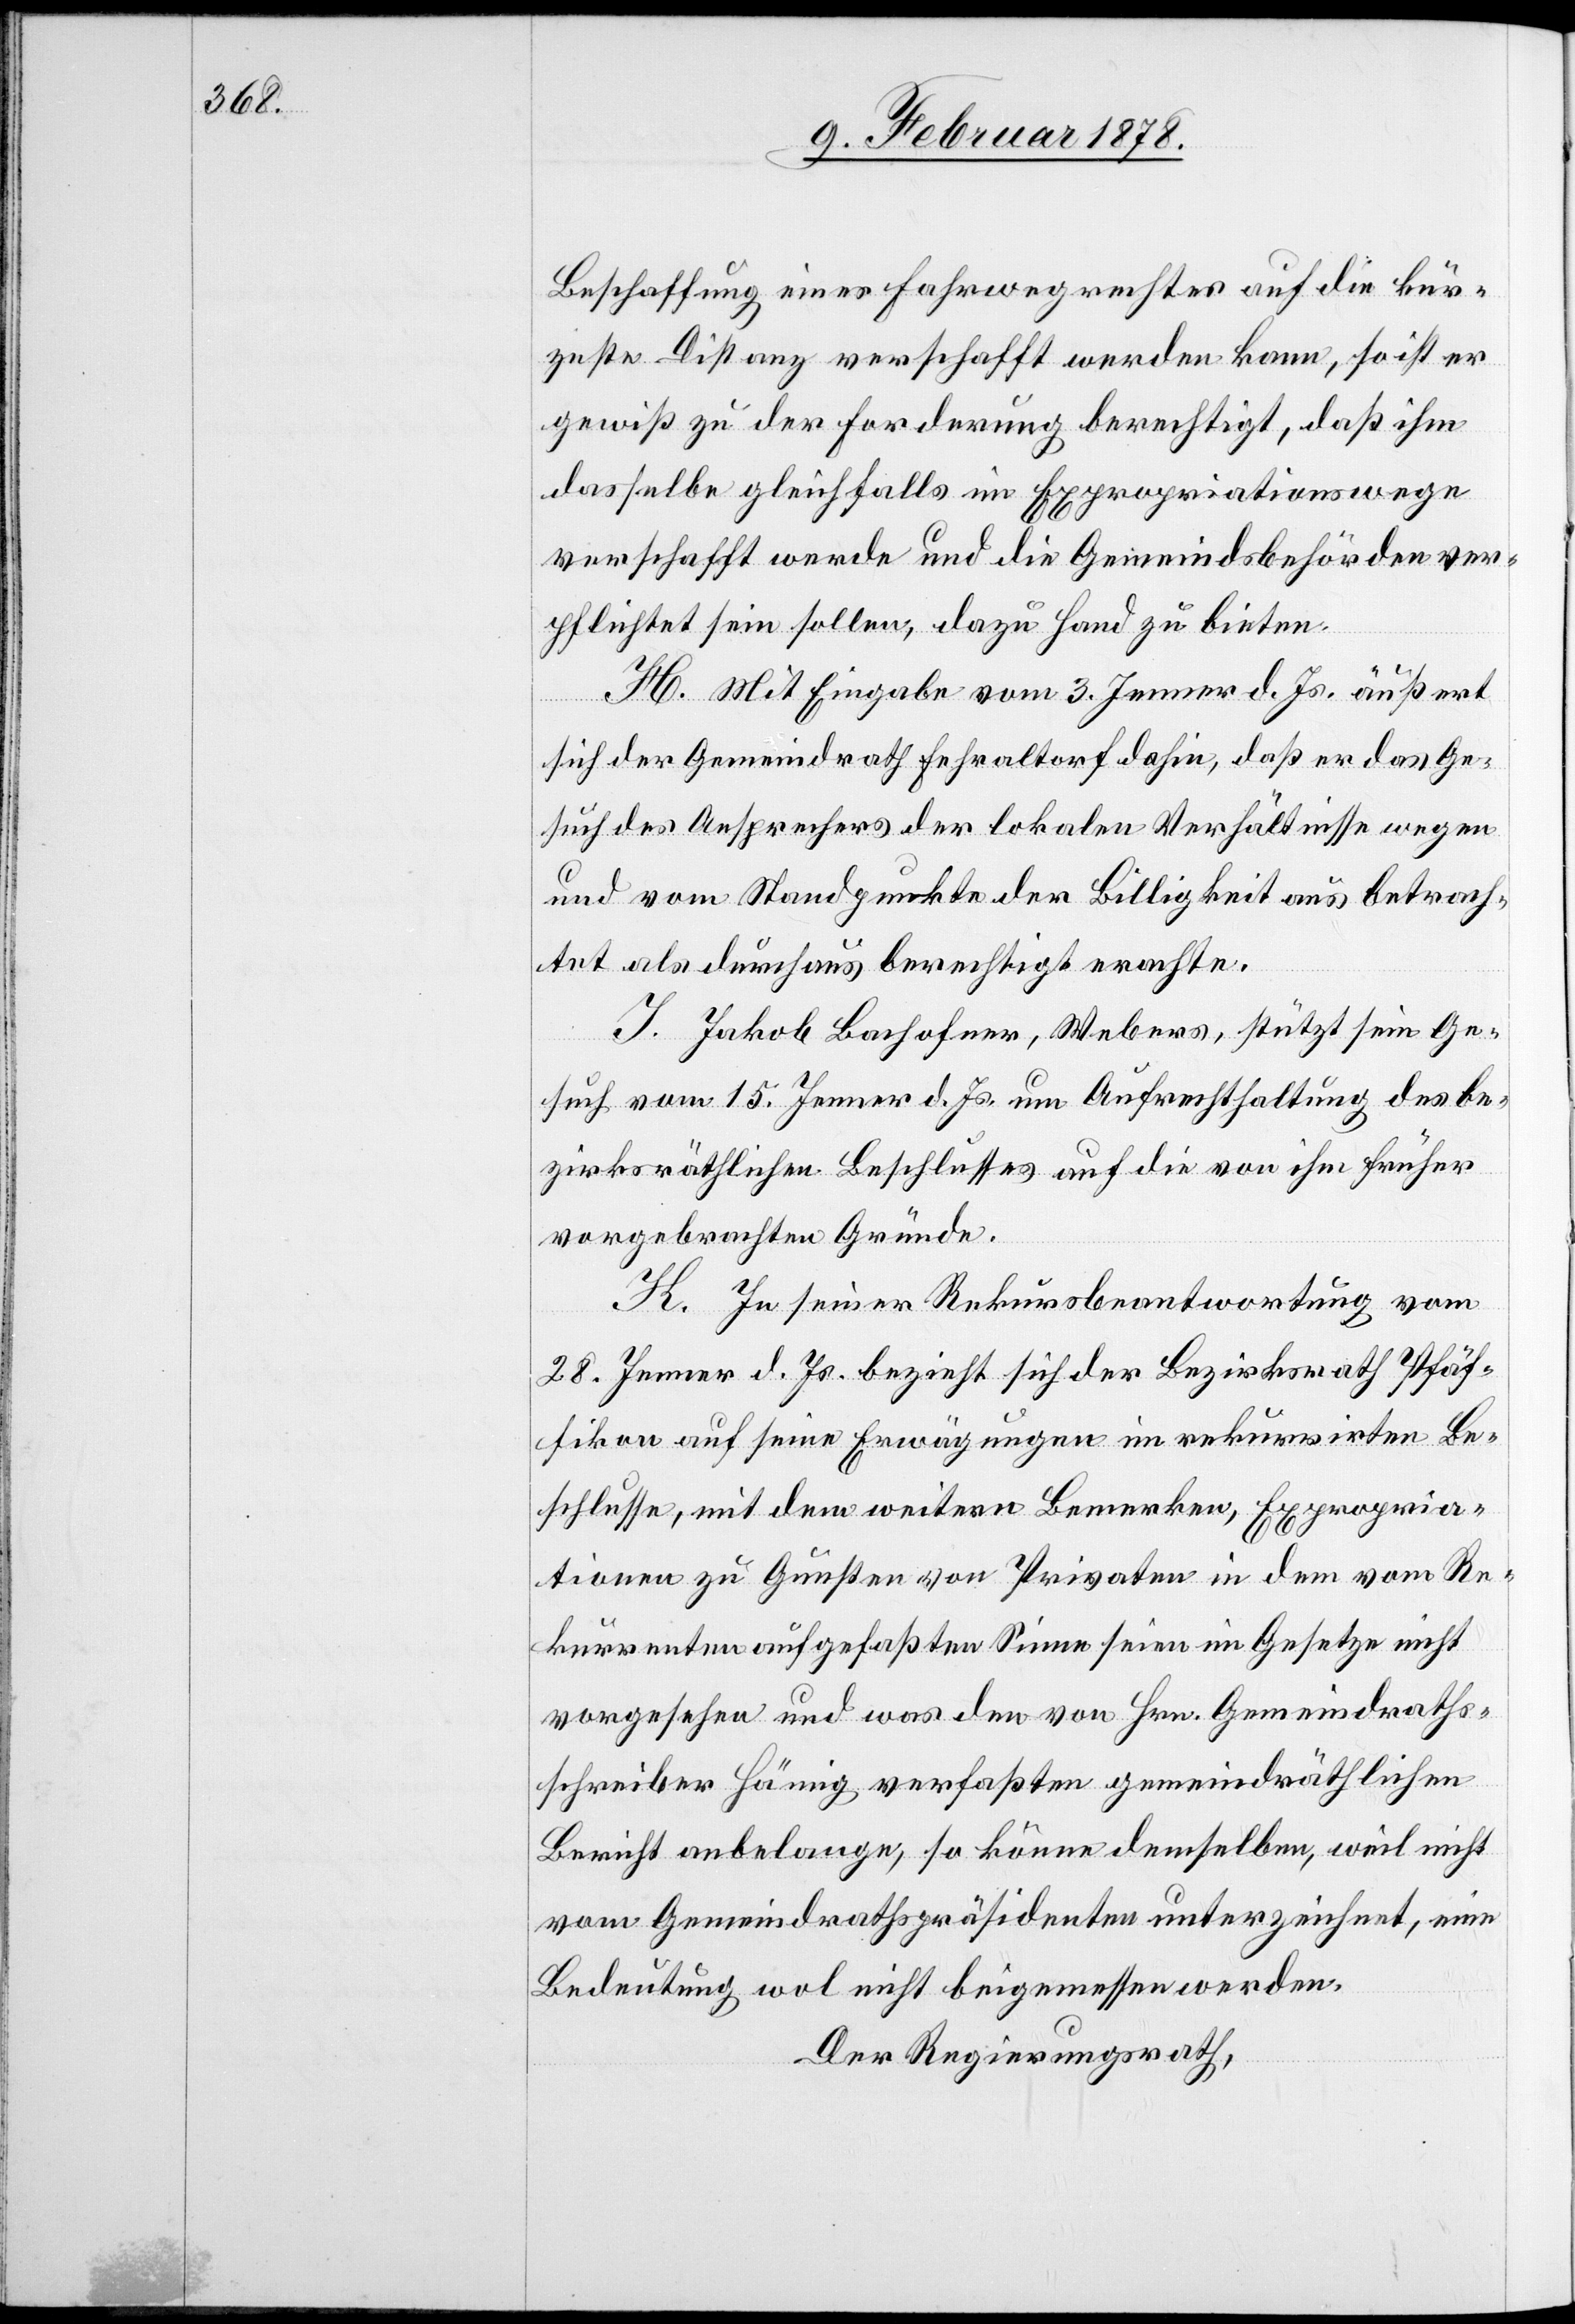
Beschaffung eines Fahrwegerechtes auf die kür¬
zeste Distanz verschafft werden kann, so ist er
gewiß zu der Forderung berechtigt, daß ihm
dasselbe gleichfalls im Expropriationswege
verschafft werde und die Gemeindsbehörden ver¬
pflichtet sein sollen, dazu Hand zu bieten.
H. Mit Eingabe vom 3. Jenner d. Js. äußert
sich der Gemeindrath Fehraltorf dahin, daß er das Ge¬
such des Ansprechers der lokalen Verhältnisse wegen
und vom Standpunkte der Billigkeit aus betrach¬
tet als durchaus berechtigt erachte.
I. Jakob Bachofner, Webers, stützt sein Ge¬
such vom 15. Jenner d. Js. um Aufrechthaltung des be¬
zirksräthlichen Beschlusses auf die von ihm früher
vorgebrachten Gründe.
K. In seiner Rekursbeantwortung vom
28. Jenner d. Js. bezieht sich der Bezirksrath Pfäf¬
fikon auf seine Erwägungen im rekurrirten Be¬
schlusse, mit dem weitern Bemerken, Expropria¬
tionen zu Gunsten von Privaten in dem vom Re¬
kurrenten aufgefassten Sinne seien im Gesetze nicht
vorgesehen und was den von Hrn. Gemeindraths¬
schreiber Hämig verfassten gemeindräthlichen
Bericht anbelange, so könne demselben, weil nicht
vom Gemeindrathspräsidenten unterzeichnet, eine
Bedeutung wol nicht beigemessen werden.
Der Regierungsrath,